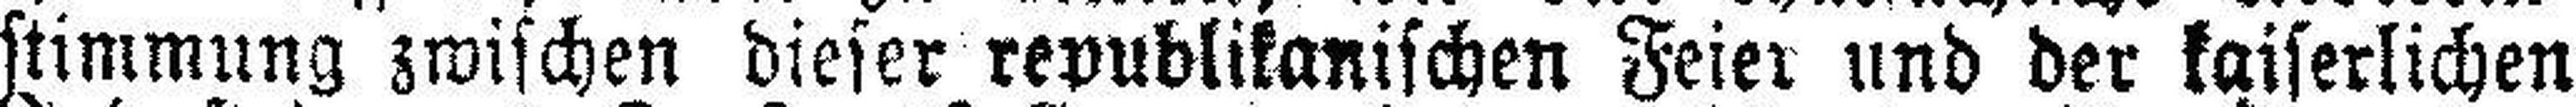
stimmung zwischen dieser republikanischen Feier und der kaiserlichen